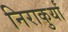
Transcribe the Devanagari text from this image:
निराकुर्यां